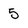
Character: 5